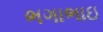
ભગાભાઇ